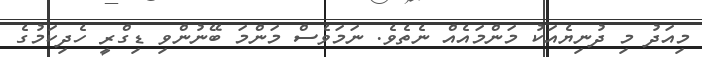
މިއަދު މި ދުނިޔެއަކު މަންމައެއް ނެތެވެ. ނަމަވެސް މަންމަ ބޭނުންވި ޑިގްރީ ހެދިކަމުގެ